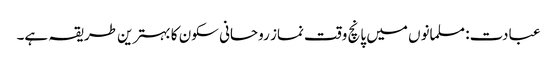
عبادت: مسلمانوں میں پانچ وقت نماز روحانی سکون کا بہترین طریقہ ہے۔